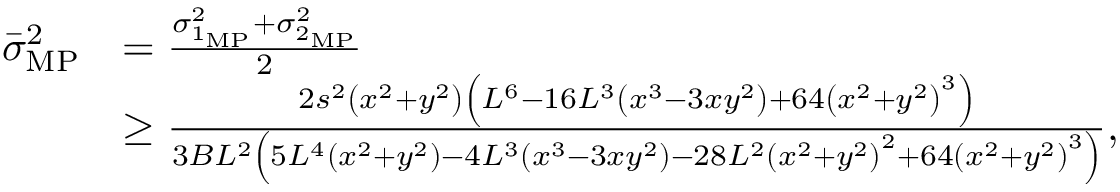
\begin{array} { r l } { \bar { \sigma } _ { \mathrm { M P } } ^ { 2 } } & { = \frac { \sigma _ { 1 _ { \mathrm { M P } } } ^ { 2 } + \sigma _ { 2 _ { \mathrm { M P } } } ^ { 2 } } { 2 } } \\ & { \geq \frac { 2 s ^ { 2 } \left( x ^ { 2 } + y ^ { 2 } \right) \left( L ^ { 6 } - 1 6 L ^ { 3 } \left( x ^ { 3 } - 3 x y ^ { 2 } \right) + 6 4 \left( x ^ { 2 } + y ^ { 2 } \right) ^ { 3 } \right) } { 3 B L ^ { 2 } \left( 5 L ^ { 4 } \left( x ^ { 2 } + y ^ { 2 } \right) - 4 L ^ { 3 } \left( x ^ { 3 } - 3 x y ^ { 2 } \right) - 2 8 L ^ { 2 } \left( x ^ { 2 } + y ^ { 2 } \right) ^ { 2 } + 6 4 \left( x ^ { 2 } + y ^ { 2 } \right) ^ { 3 } \right) } , } \end{array}